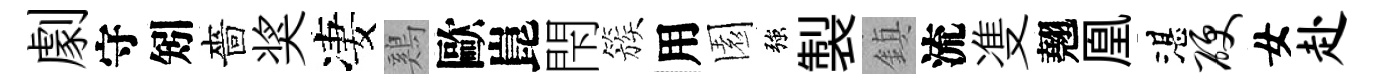
劇守矧嗇奖凄鷄歐崑閇簇用園強製鎮流㕠翹凰湛硬女赴